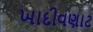
ખાદીવણાટ